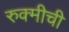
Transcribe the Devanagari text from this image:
रुक्मीची